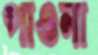
পাওনা